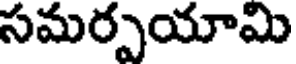
సమర్పయామి